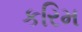
કરિમ